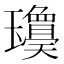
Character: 𱰃